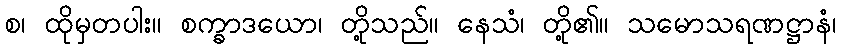
စ၊ ထိုမှတပါး။ စက္ခာဒယော၊ တို့သည်။ နေသံ၊ တို့၏။ သမောသရဏဋ္ဌာနံ၊